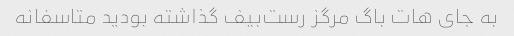
به جای هات باگ مرگز رست‌بیف گذاشته بودید متاسفانه